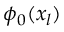
\phi _ { 0 } ( x _ { l } )